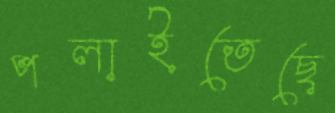
পলাইতেছে